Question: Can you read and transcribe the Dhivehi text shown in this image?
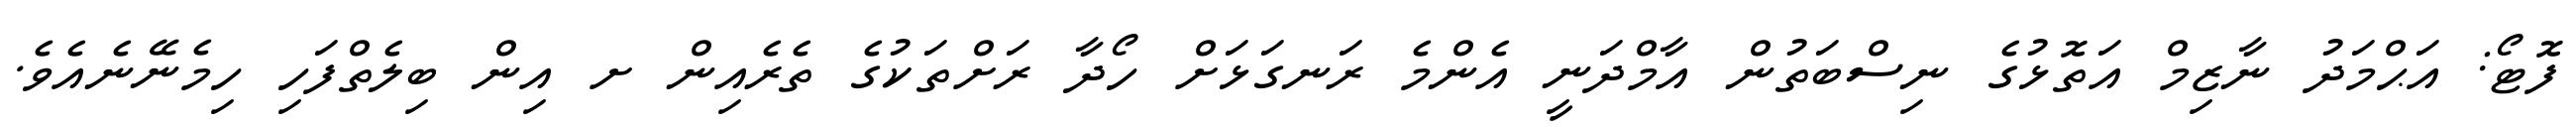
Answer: ފޮޓޯ: އަޙްމަދު ނާޒިމް އަތޮޅުގެ ނިސްބަތުން އާމްދަނީ އެންމެ ރަނގަޅަށް ހޯދާ ރަށްތަކުގެ ތެރެއިން ށ އިން ބިލެތްފަހި ހިމެނޭނެއެވެ.